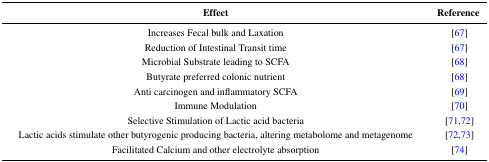
| Effect | Reference |
 | --- | --- |
 | Increases Fecal bulk and Laxation | [67] |
 | Reduction of Intestinal Transit time | [67] |
 | Microbial Substrate leading to SCFA | [68] |
 | Butyrate preferred colonic nutrient | [68] |
 | Anti carcinogen and inflammatory SCFA | [69] |
 | Immune Modulation | [70] |
 | Selective Stimulation of Lactic acid bacteria | [71,72] |
 | Lactic acids stimulate other butyrogenic producing bacteria, altering metabolome and metagenome | [72,73] |
 | Facilitated Calcium and other electrolyte absorption | [74] |